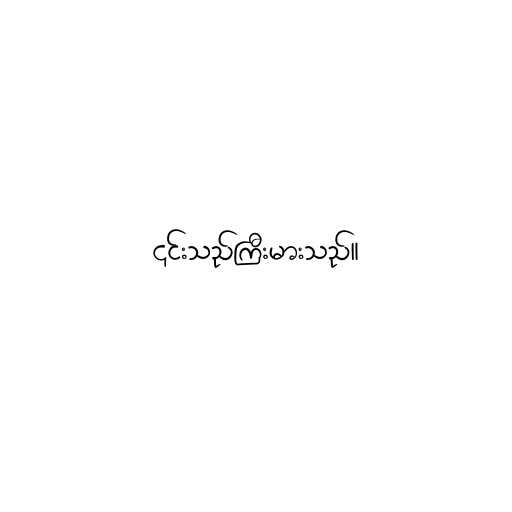
၎င်းသည်ကြီးမားသည်။